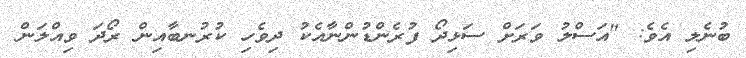
ބުނެލި އެވެ: "އަސްލު ވަރަށް ސަޅިދޯ ފުރެންޑުންނާއެކު ދިވެހި ކުރުނބާއިން ރޯދަ ވިއްލަން